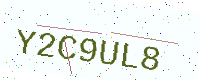
Text: Y2C9UL8